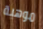
موهبة